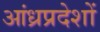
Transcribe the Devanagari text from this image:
आंध्रप्रदेशों